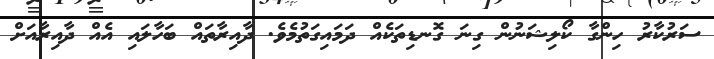
ސަރުކާރު ހިންގާ ކޯލިޝަނުން ގިނަ ގޮނޑިތަކެއް ދަމައިގަތުމެވެ. ދާއިރާތައް ބަހާލައި އެއް ދާއިރާއަށް